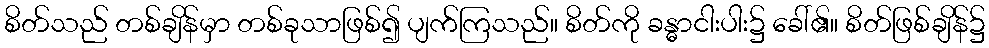
စိတ်သည် တစ်ချိန်မှာ တစ်ခုသာဖြစ်၍ ပျက်ကြသည်။ စိတ်ကို ခန္ဓာငါးပါး၌ ခေါ်၏။ စိတ်ဖြစ်ချိန်၌